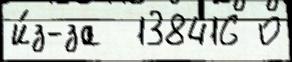
и́з-за  138416 0